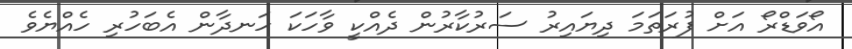
އޯވަޑްރޯ އަށް ފުރަތަމަ ދިޔައިރު ސަރުކާރުން ދެއްކީ ވާހަކަ ހަނދާން އެބަހުރި ހެއްޔެވެ